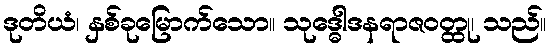
ဒုတိယံ၊ နှစ်ခုမြောက်သော။ သုဒ္ဓေါဒနရာဇဝတ္ထု၊ သည်။